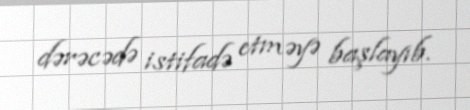
dərəcədə istifadə etməyə başlayıb.